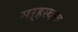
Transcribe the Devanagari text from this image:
सऱ्हस्वत्व